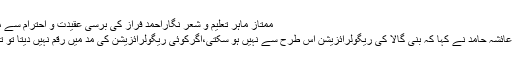
ممتاز ماہر تعلیم و شعر نگاراحمد فراز کی برسی عقیدت و احترام سے منائی جارہی ہے
اس دوران وکیل عائشہ حامد نے کہا کہ بنی گالا کی ریگولرائزیشن اس طرح سے نہیں ہو سکتی،اگرکوئی ریگولرائزیشن کی مد میں رقم نہیں دیتا تو تعمیرات گرا دیں۔